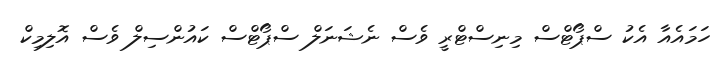
ހަމައެއާ އެކު ސްޕޯޓްސް މިނިސްޓްރީ ވެސް ނެޝަނަލް ސްޕޯޓްސް ކައުންސިލް ވެސް އޮލިމިކް